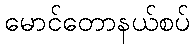
မောင်တောနယ်စပ်